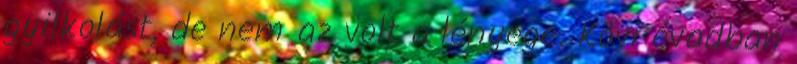
gyilkolást, de nem az volt a lényege. Kövi évadban